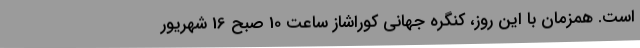
است. همزمان با این روز، کنگره جهانی کوراشاز ساعت 10 صبح 16 شهریور